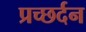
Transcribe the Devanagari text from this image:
प्रच्छर्दन